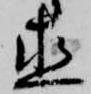
直